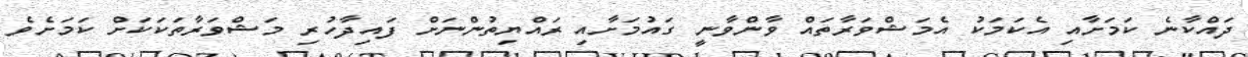
ދައްކާނެ ކަމަށާއި އެކަމަކު އެމަޝްވަރާތައް ވާންވާނީ ގައުމަށާއި ރައްޔިތުންނަށް ފައިދާހުރި މަޝްވަރާތަކަކަށް ކަމަށެވެ.